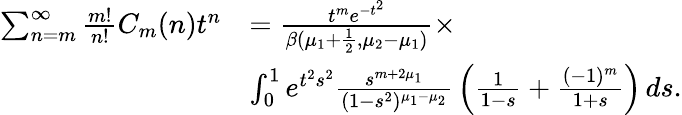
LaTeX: \begin{array}{rl}{\sum_{n=m}^{\infty}\frac{m!}{n!}C_{m}(n)t^{n}}&{={\frac{t^{m}e^{-t^{2}}}{\beta(\mu_{1}+\frac{1}{2},\mu_{2}-\mu_{1})}}\times}\\ &{\int_{0}^{1}e^{t^{2}s^{2}}{\frac{s^{m+2\mu_{1}}}{(1-s^{2})^{\mu_{1}-\mu_{2}}}}\left({\frac{1}{1-s}}+{\frac{(-1)^{m}}{1+s}}\right)\, ds.}\end{array}